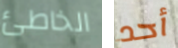
الخاطئ أحد